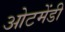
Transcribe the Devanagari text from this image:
ओटमेंडी